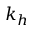
k _ { h }